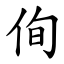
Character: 侚